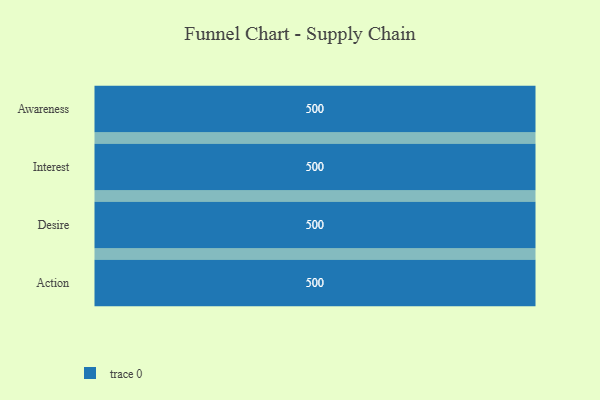
{"axis": {"x": "Stage", "y": "Value"}, "legend": [""], "data": [{"x": "Awareness", "y": 500, "type": ""}, {"x": "Interest", "y": 500, "type": ""}, {"x": "Desire", "y": 500, "type": ""}, {"x": "Action", "y": 500, "type": ""}]}